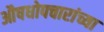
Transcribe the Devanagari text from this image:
औषधोपचारांच्या